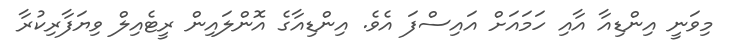
މިވަނީ އިންޑިއާ އާއި ހަމައަށް އައިސްފަ އެވެ. އިންޑިއާގެ އޮންލައިން ރީޓެއިލް ވިޔަފާރިކުރާ